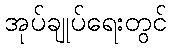
အုပ်ချုပ်ရေးတွင်